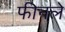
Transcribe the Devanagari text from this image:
फीनले